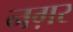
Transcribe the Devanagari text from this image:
नग़र